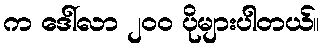
က ဒေါ်လာ ၂၀၀ ပိုများပါတယ်။